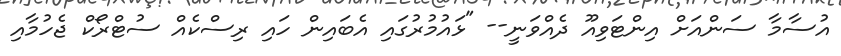
އުސާމާ ސަންއަށް އިންޓަވިއޫ ދެއްވަނީ-- "ޅައުމުރުގައި އެބައިން ހައި ރިސްކެއް ސުޓްރޯކް ޖެހުމާއި